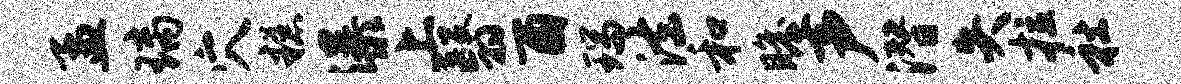
孟璃穴糕瀑上翳酉瑞法和瞻声潜失拉社